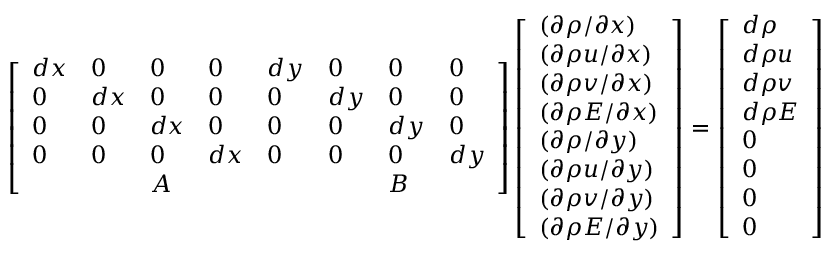
\left[ \begin{array} { l l l l l l l l } { d x } & { 0 } & { 0 } & { 0 } & { d y } & { 0 } & { 0 } & { 0 } \\ { 0 } & { d x } & { 0 } & { 0 } & { 0 } & { d y } & { 0 } & { 0 } \\ { 0 } & { 0 } & { d x } & { 0 } & { 0 } & { 0 } & { d y } & { 0 } \\ { 0 } & { 0 } & { 0 } & { d x } & { 0 } & { 0 } & { 0 } & { d y } \\ & & { A } & & & & { B } & \end{array} \right] \left[ \begin{array} { l } { ( \partial \rho / \partial x ) } \\ { ( \partial \rho u / \partial x ) } \\ { ( \partial \rho v / \partial x ) } \\ { ( \partial \rho E / \partial x ) } \\ { ( \partial \rho / \partial y ) } \\ { ( \partial \rho u / \partial y ) } \\ { ( \partial \rho v / \partial y ) } \\ { ( \partial \rho E / \partial y ) } \end{array} \right] = \left[ \begin{array} { l } { d \rho } \\ { d \rho u } \\ { d \rho v } \\ { d \rho E } \\ { 0 } \\ { 0 } \\ { 0 } \\ { 0 } \end{array} \right]